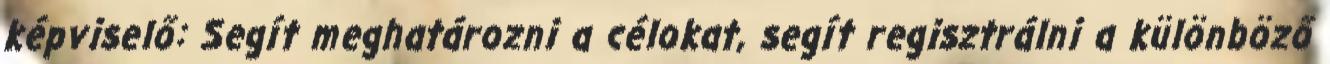
képviselő: Segít meghatározni a célokat, segít regisztrálni a különböző